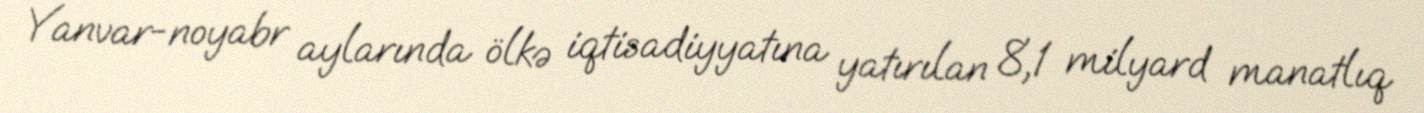
Yanvar-noyabr aylarında ölkə iqtisadiyyatına yatırılan 8,1 milyard manatlıq